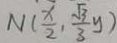
N ( \frac { x } { 2 } , \frac { \sqrt { 3 } } { 3 } y )